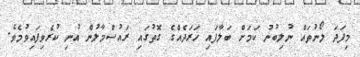
މިފަދަ ލޯނުތައް ނުލިބުނު ކަމަށް ބަލާފައި ޚަރަދެއްގެ ގޮތުގައި ރައުސްމާލުން އުނި ކުރެވިފައިވުމެވެ.